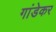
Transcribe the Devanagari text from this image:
गांडेकर